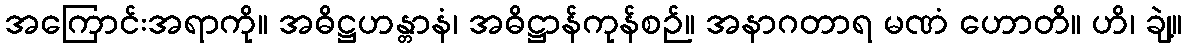
အကြောင်းအရာကို။ အဓိဋ္ဌဟန္တာနံ၊ အဓိဋ္ဌာန်ကုန်စဉ်။ အနာဂတာရ မဏံ ဟောတိ။ ဟိ၊ ချဲ့။